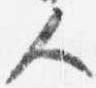
人